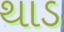
થાડ